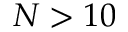
N > 1 0